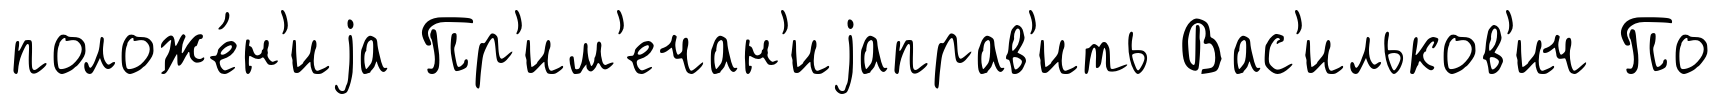
положе́н'иjа Пр'им'ечан'иjаправ'ить Вас'ильков'ич По